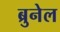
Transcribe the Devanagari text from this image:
ब्रुनेल